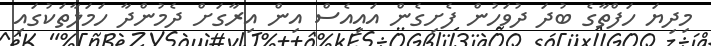
މިދިޔަ ހަފްތާގެ ބުދަ ދުވަހުން ފެށިގެން އައިއެސް އިން އިރާގަށް ދެމުންދާ ހަމަލާތަކުގައި